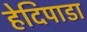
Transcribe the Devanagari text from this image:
हेदिपाडा